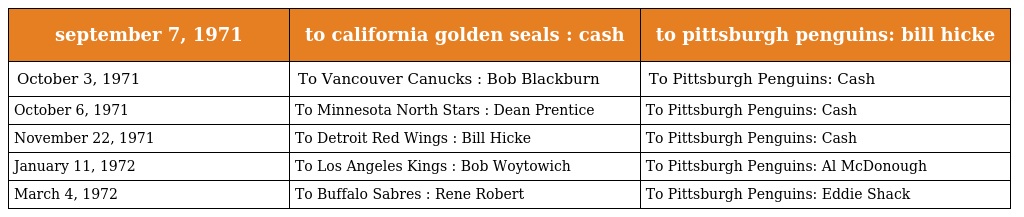
| september 7, 1971 | to california golden seals : cash | to pittsburgh penguins: bill hicke |
 | --- | --- | --- |
 | October 3, 1971 | To Vancouver Canucks : Bob Blackburn | To Pittsburgh Penguins: Cash |
 | October 6, 1971 | To Minnesota North Stars : Dean Prentice | To Pittsburgh Penguins: Cash |
 | November 22, 1971 | To Detroit Red Wings : Bill Hicke | To Pittsburgh Penguins: Cash |
 | January 11, 1972 | To Los Angeles Kings : Bob Woytowich | To Pittsburgh Penguins: Al McDonough |
 | March 4, 1972 | To Buffalo Sabres : Rene Robert | To Pittsburgh Penguins: Eddie Shack |